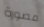
مصورة